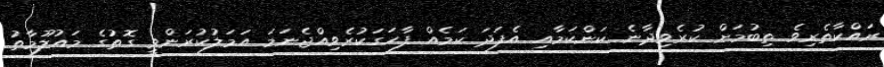
ރައްކާތެރިވެ ތިބުމަށް ކުރެވިދާނެ ކަންކަމާއި އެފަދަ ކަމެއް ފާހަގަކުރެވިއްޖެނަމަ އަމަލުކުރަންވީ ގޮތުގެ މައުލޫމާތު